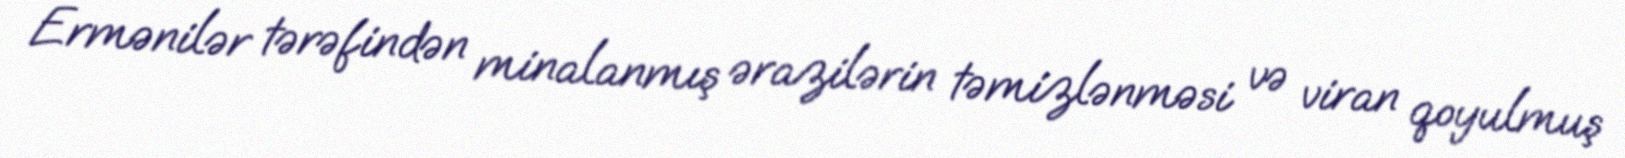
Ermənilər tərəfindən minalanmış ərazilərin təmizlənməsi və viran qoyulmuş